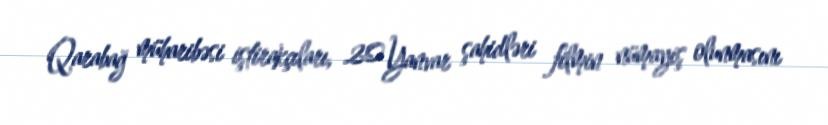
Qarabağ müharibəsi iştirakçıları, 20 Yanvar şahidləri filmin nümayiş olunmasını